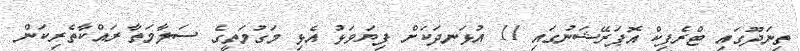
ތިނަދޫގައި ޓްރެފިކް އޮޕަރޭޝަނުގައި 11 އުޅަނދަކަށް ފިޔަވަޅު އެޅި މަގުމަތީގެ ސަލާމަތާ ރައްކާތެރިކަން